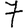
Digit: 7